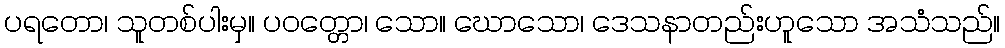
ပရတော၊ သူတစ်ပါးမှ။ ပဝတ္တော၊ သော။ ဃောသော၊ ဒေသနာတည်းဟူသော အသံသည်။